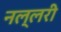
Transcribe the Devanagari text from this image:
नल्लरी